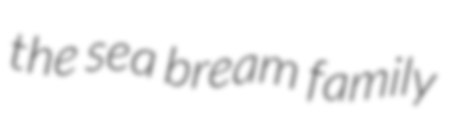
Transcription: the sea bream family